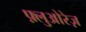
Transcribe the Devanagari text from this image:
फ़्लुओरेज़